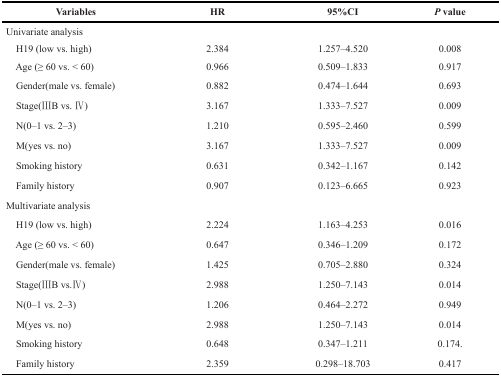
| Variables | HR | 95%CI | P value |
 | --- | --- | --- | --- |
 | <COLSPAN=4> Univariate analysis |
 | H19 (low vs. high) | 2.384 | 1.257–4.520 | 0.008 |
 | Age(≥ 60 vs. < 60) | 0.966 | 0.509–1.833 | 0.917 |
 | Gender(male vs. female) | 0.882 | 0.474–1.644 | 0.693 |
 | Stage(IIIB vs. IV) | 3.167 | 1.333–7.527 | 0.009 |
 | N(0–1 vs. 2–3) | 1.210 | 0.595–2.460 | 0.599 |
 | M(yes vs. no) | 3.167 | 1.333–7.527 | 0.009 |
 | Smoking history | 0.631 | 0.342–1.167 | 0.142 |
 | Family history | 0.907 | 0.123–6.665 | 0.923 |
 | <COLSPAN=4> Multivariate analysis |
 | H19 (low vs. high) | 2.224 | 1.163–4.253 | 0.016 |
 | Age (≥ 60 vs. < 60) | 0.647 | 0.346–1.209 | 0.172 |
 | Gender(male vs. female) | 1.425 | 0.705–2.880 | 0.324 |
 | Stage(IIIB vs.IV) | 2.988 | 1.250–7.143 | 0.014 |
 | N(0–1 vs. 2–3) | 1.206 | 0.464–2.272 | 0.949 |
 | M(yes vs. no) | 2.988 | 1.250–7.143 | 0.014 |
 | Smoking history | 0.648 | 0.347–1.211 | 0.174. |
 | Family history | 2.359 | 0.298–18.703 | 0.417 |